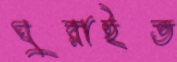
ঘুরাইত